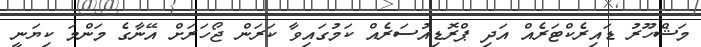
މަޝްހޫރު ޑައިރެކްޓަރެއް އަދި ޕްރޮޑިއުސަރެއް ކަމުގައިވާ ކަރަން ޖޯހަރަށް އޭނާގެ މަންމަ ކިޔަނީ